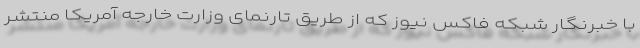
با خبرنگار شبکه فاکس نیوز که از طریق تارنمای وزارت خارجه آمریکا منتشر